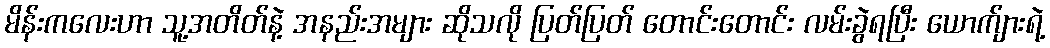
မိန်းကလေးဟာ သူ့အတိတ်နဲ့ အနည်းအများ ဆိုသလို ပြတ်ပြတ် တောင်းတောင်း လမ်းခွဲရပြီး ယောက်ျားရဲ့